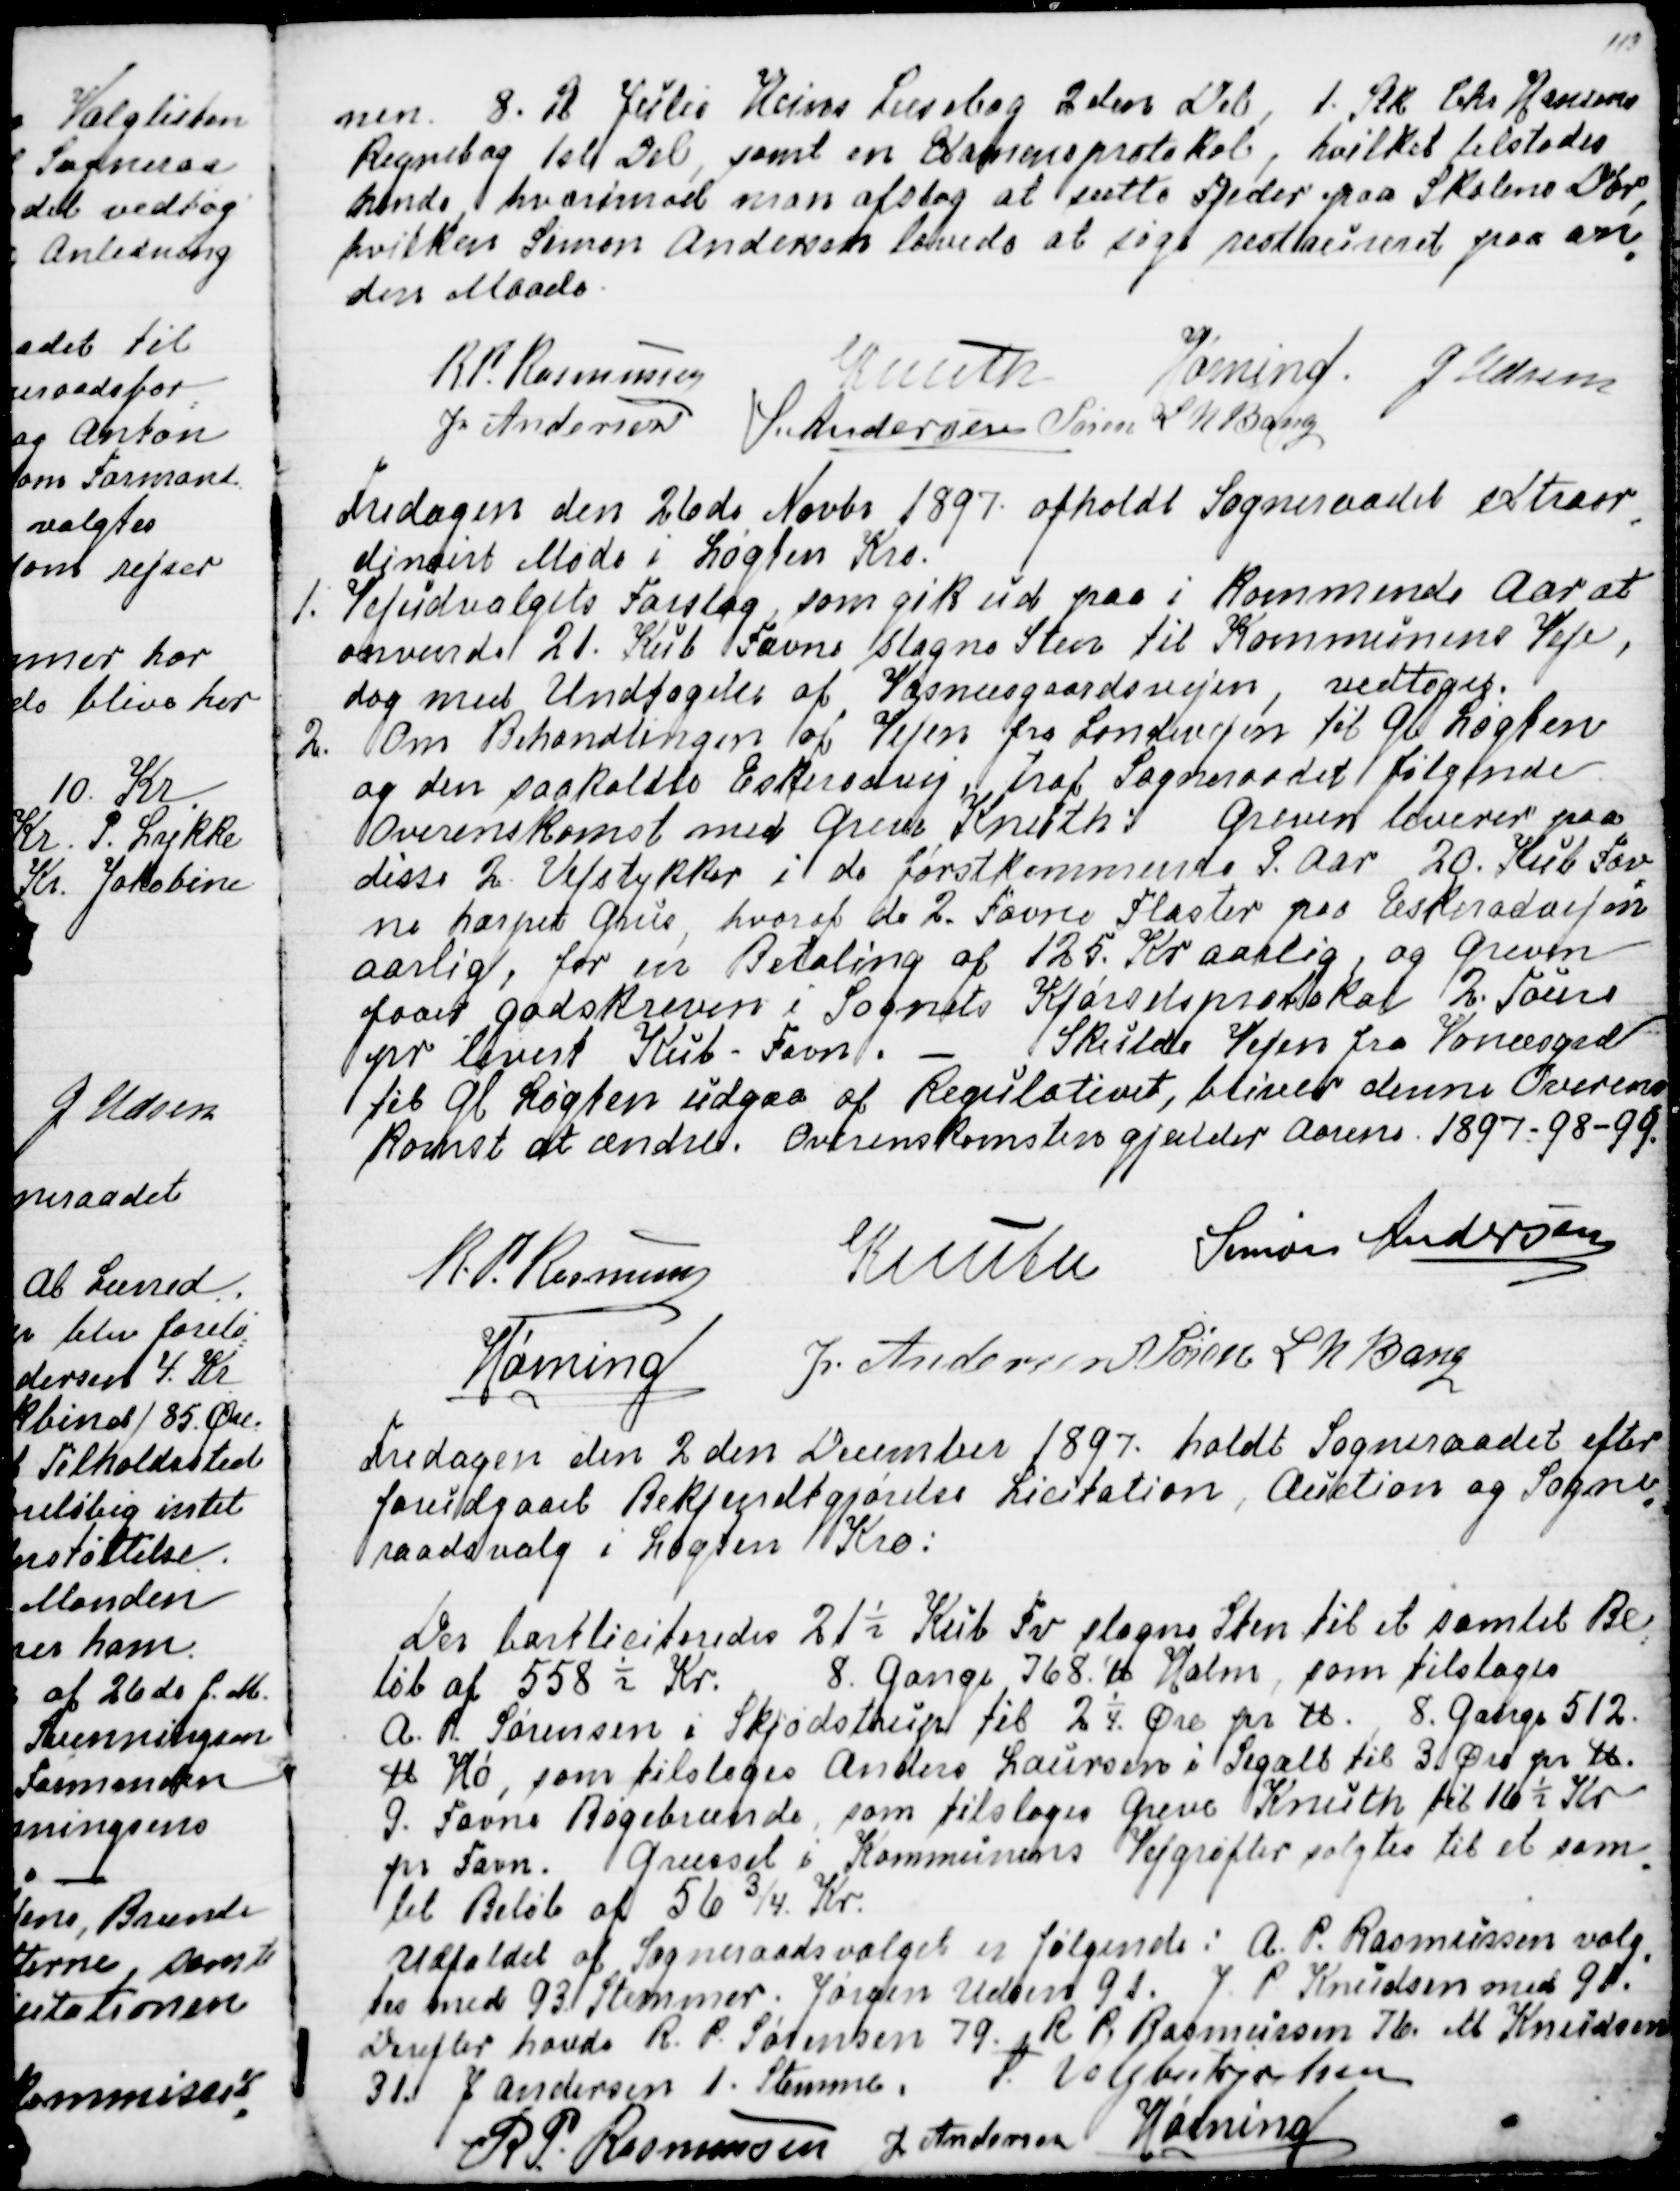
Transskription:
nen. 8. St Julie Hein Læsebog 2den Del, 1 Stk Chr Hansens
Regnebog 1ste Del, samt en Examensprotokol, hvilket tilstodes
hende, hvorimod man afslog at sætte Fjeder paa Skolens Dør,
hvilken Simon Andersen lovede at søge restaureret paa an
=
den Maade.
R. P. Rasmussen
Knuth
Hørning.
J Udsen
J. Andersen
S. Andersen
Søren L N Bang

Fredagen den 26de Novbr 1897. afholdt Sogneraadet extraor
=
dinairt Møde i Løgten Kro.
1. Vejudvalgets Forslag, som gik ud paa i kommende Aar at
anvende 21. Kub Favne slagne Sten til Kommunens Veje,
dog med Undtagelse af Vosnæsgaardsvejen, vedtoges.
2. Om Behandlingen af Vejen fra Landevejen til Gl Løgten
og den saakaldte Eskerodsvej, traf Sogneraadet følgende
Overenskomst med Greve Knuth: Greven leverer paa
disse 2 Vejstykker i de førstkommende 3. Aar 20. Kub Fav
=
ne harpet Grus, hvoraf de 2. Favne Flæster paa Eskerodvejen
aarligt, for en Betaling af 125. Kr aarlig, og Greven
faaer godskreven i Sognets Kjørselsprotokol 2. Toure
pr leveret Kub - Favn. - Skulde Vejen fra Vonæsgrd
til Gl Løgten udgaa af Regulativet, bliver denne Overens
=
komst at ændre. Overenskomsten gjælder Aarene 1897-98-99.
R. P. Rasmussen
Knuth
Simon Andersen
Hørning
J. Andersen
Søren L N Bang

Fredagen den 2den December 1897. holdt Sogneraadet efter
forudgaaet Bekjendtgjørelse Licitation, Auction og Sogne
=
raadsvalg i Løgten Kro:
Der bortliciteredes 21½ Kub Fv slagne Sten til et samlet Be
=
løb af 558½ Kr. 8 Gange 768 ℔ Halm, som tilsloges
A. P. Sørensen i Skjødstrup til 2¼ Øre pr ℔. 8 Gange 512 
℔ Hø, som tilsloges Anders Laursen i Segalt til 3 Øre pr ℔.
9. Favne Bøgebrænde, som tilsloges Greve Knuth til 16½ Kr
pr Favn. Græsset i Kommunens Vejgrøfter solgtes til et sam
=
let Beløb af 56 ¾ Kr.
Udfaldet af Sogneraadsvalget er følgende: A. P. Rasmussen valg
=
tes med 93 Stemmer. Jørgen Udsen 91. J. P. Knudsen 91.
Derefter havde R. P. Sørensen 79, R. P. Rasmussen 76. M Knudsen
31 J Andersen 1. Stemme. F. Valgbestyrelsen
R P. Rasmussen
J Andersen
Hørning